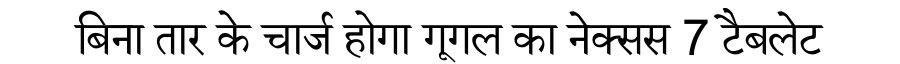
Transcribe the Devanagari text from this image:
बिना तार के चार्ज होगा गूगल का नेक्सस 7 टैबलेट